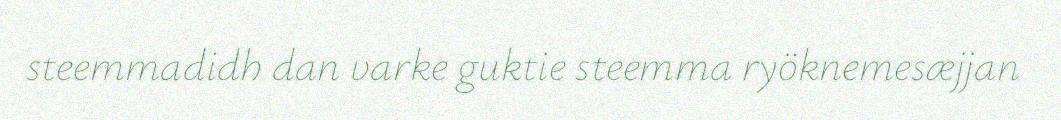
steemmadidh dan varke guktie steemma ryöknemesæjjan